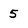
Character: 5